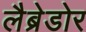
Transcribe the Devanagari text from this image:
लैब्रेडोर